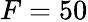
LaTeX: F=50